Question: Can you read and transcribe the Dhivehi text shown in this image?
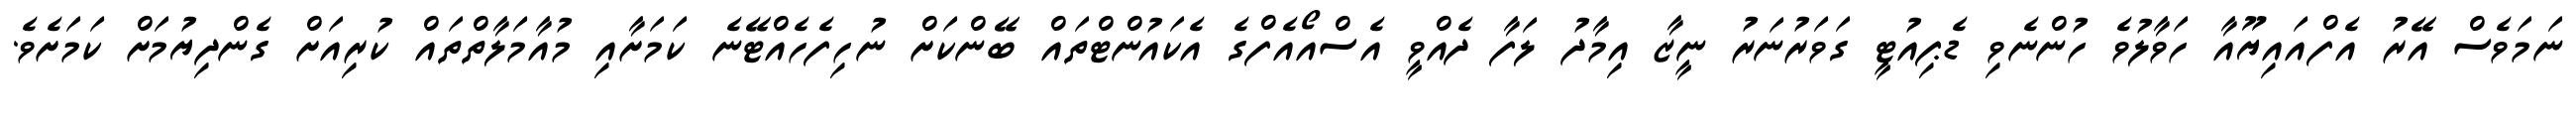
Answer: ނަމަވެސް އޭރު އެފްއައިޔޫއާ ހަވާލުވެ ހުންނެވި ޑެޕިއުޓީ ގަވަރުނަރު ނީޒާ އިމާދު ލަފާ ދެއްވީ އެސްއޯއެފްގެ އެކައުންޓްތައް ބޭންކަށް ނުހިފެހެއްޓޭނެ ކަމަށާއި މުއާމަލާތްތައް ކުރިއަށް ގެންދިޔުމަށް ކަމަށެވެ.